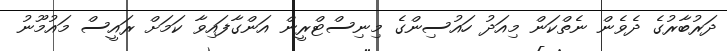
ދަރުބާރުގެ ދެވެން ނެތްކަން މިއަދު ހައުސިންގެ މިނިސްޓްރީން އަންގާފައިވާ ކަމަށް ރައީސް މައުމޫނު